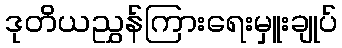
ဒုတိယညွှန်ကြားရေးမှူးချုပ်